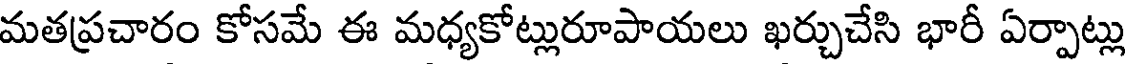
మతప్రచారం కోసమే ఈ మధ్యకోట్లురూపాయలు ఖర్చుచేసి భారీ ఏర్పాట్లు